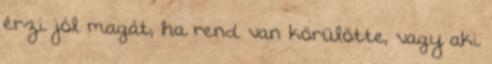
érzi jól magát, ha rend van körülötte, vagy aki